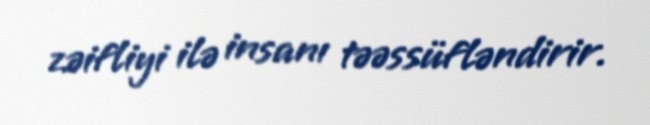
zəifliyi ilə insanı təəssüfləndirir.